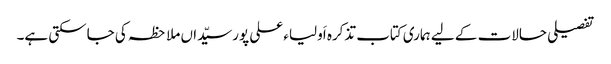
تفصیلی حالات کے لیے ہماری کتاب تذکرہ اَولیاء علی پورسیّداں ملاحظہ کی جاسکتی ہے۔